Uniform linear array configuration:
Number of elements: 64
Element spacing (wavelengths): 0.25
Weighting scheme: blackman
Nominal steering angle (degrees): -45
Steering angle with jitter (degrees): -43.212
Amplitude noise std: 0.05
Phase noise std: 0.05

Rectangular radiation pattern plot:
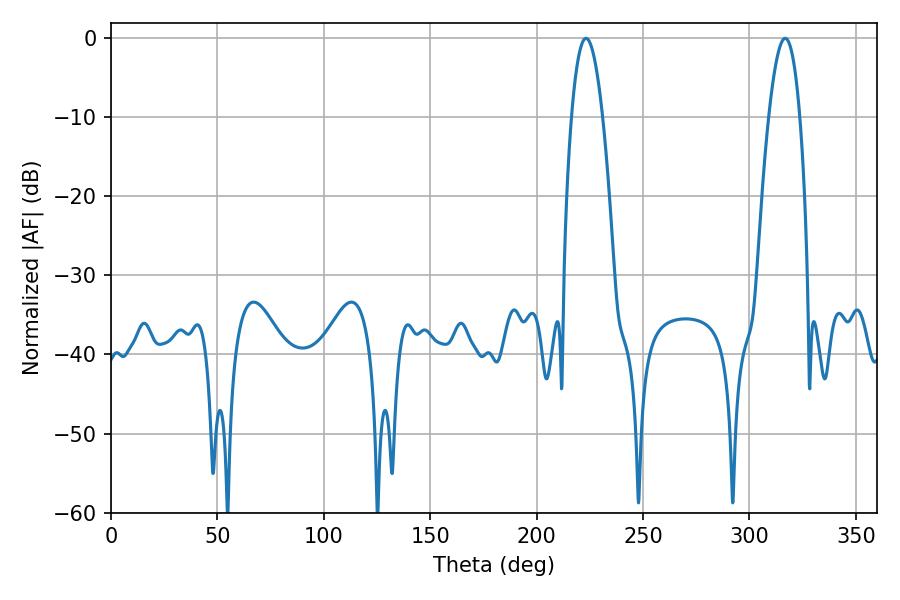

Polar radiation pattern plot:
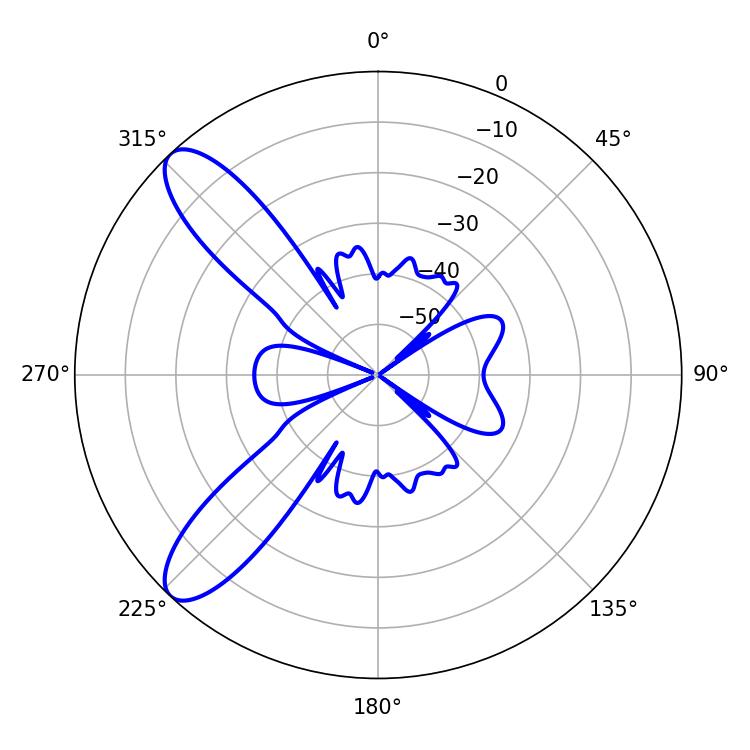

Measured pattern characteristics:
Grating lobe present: FALSE
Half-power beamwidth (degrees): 7.92
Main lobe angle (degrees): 316.8